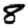
Digit: 8